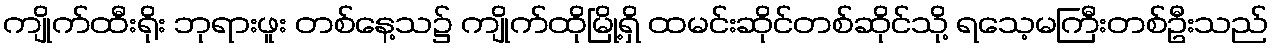
ကျိုက်ထီးရိုး ဘုရားဖူး တစ်နေ့သ၌ ကျိုက်ထိုမြို့ရှိ ထမင်းဆိုင်တစ်ဆိုင်သို့ ရသေ့မကြီးတစ်ဦးသည်